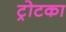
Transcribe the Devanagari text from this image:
ट्रोटका